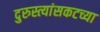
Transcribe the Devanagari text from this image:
दुरुस्त्यांसकटच्या